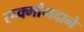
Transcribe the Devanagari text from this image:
रूक्मांगदाने